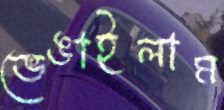
ভেঙাইলাম